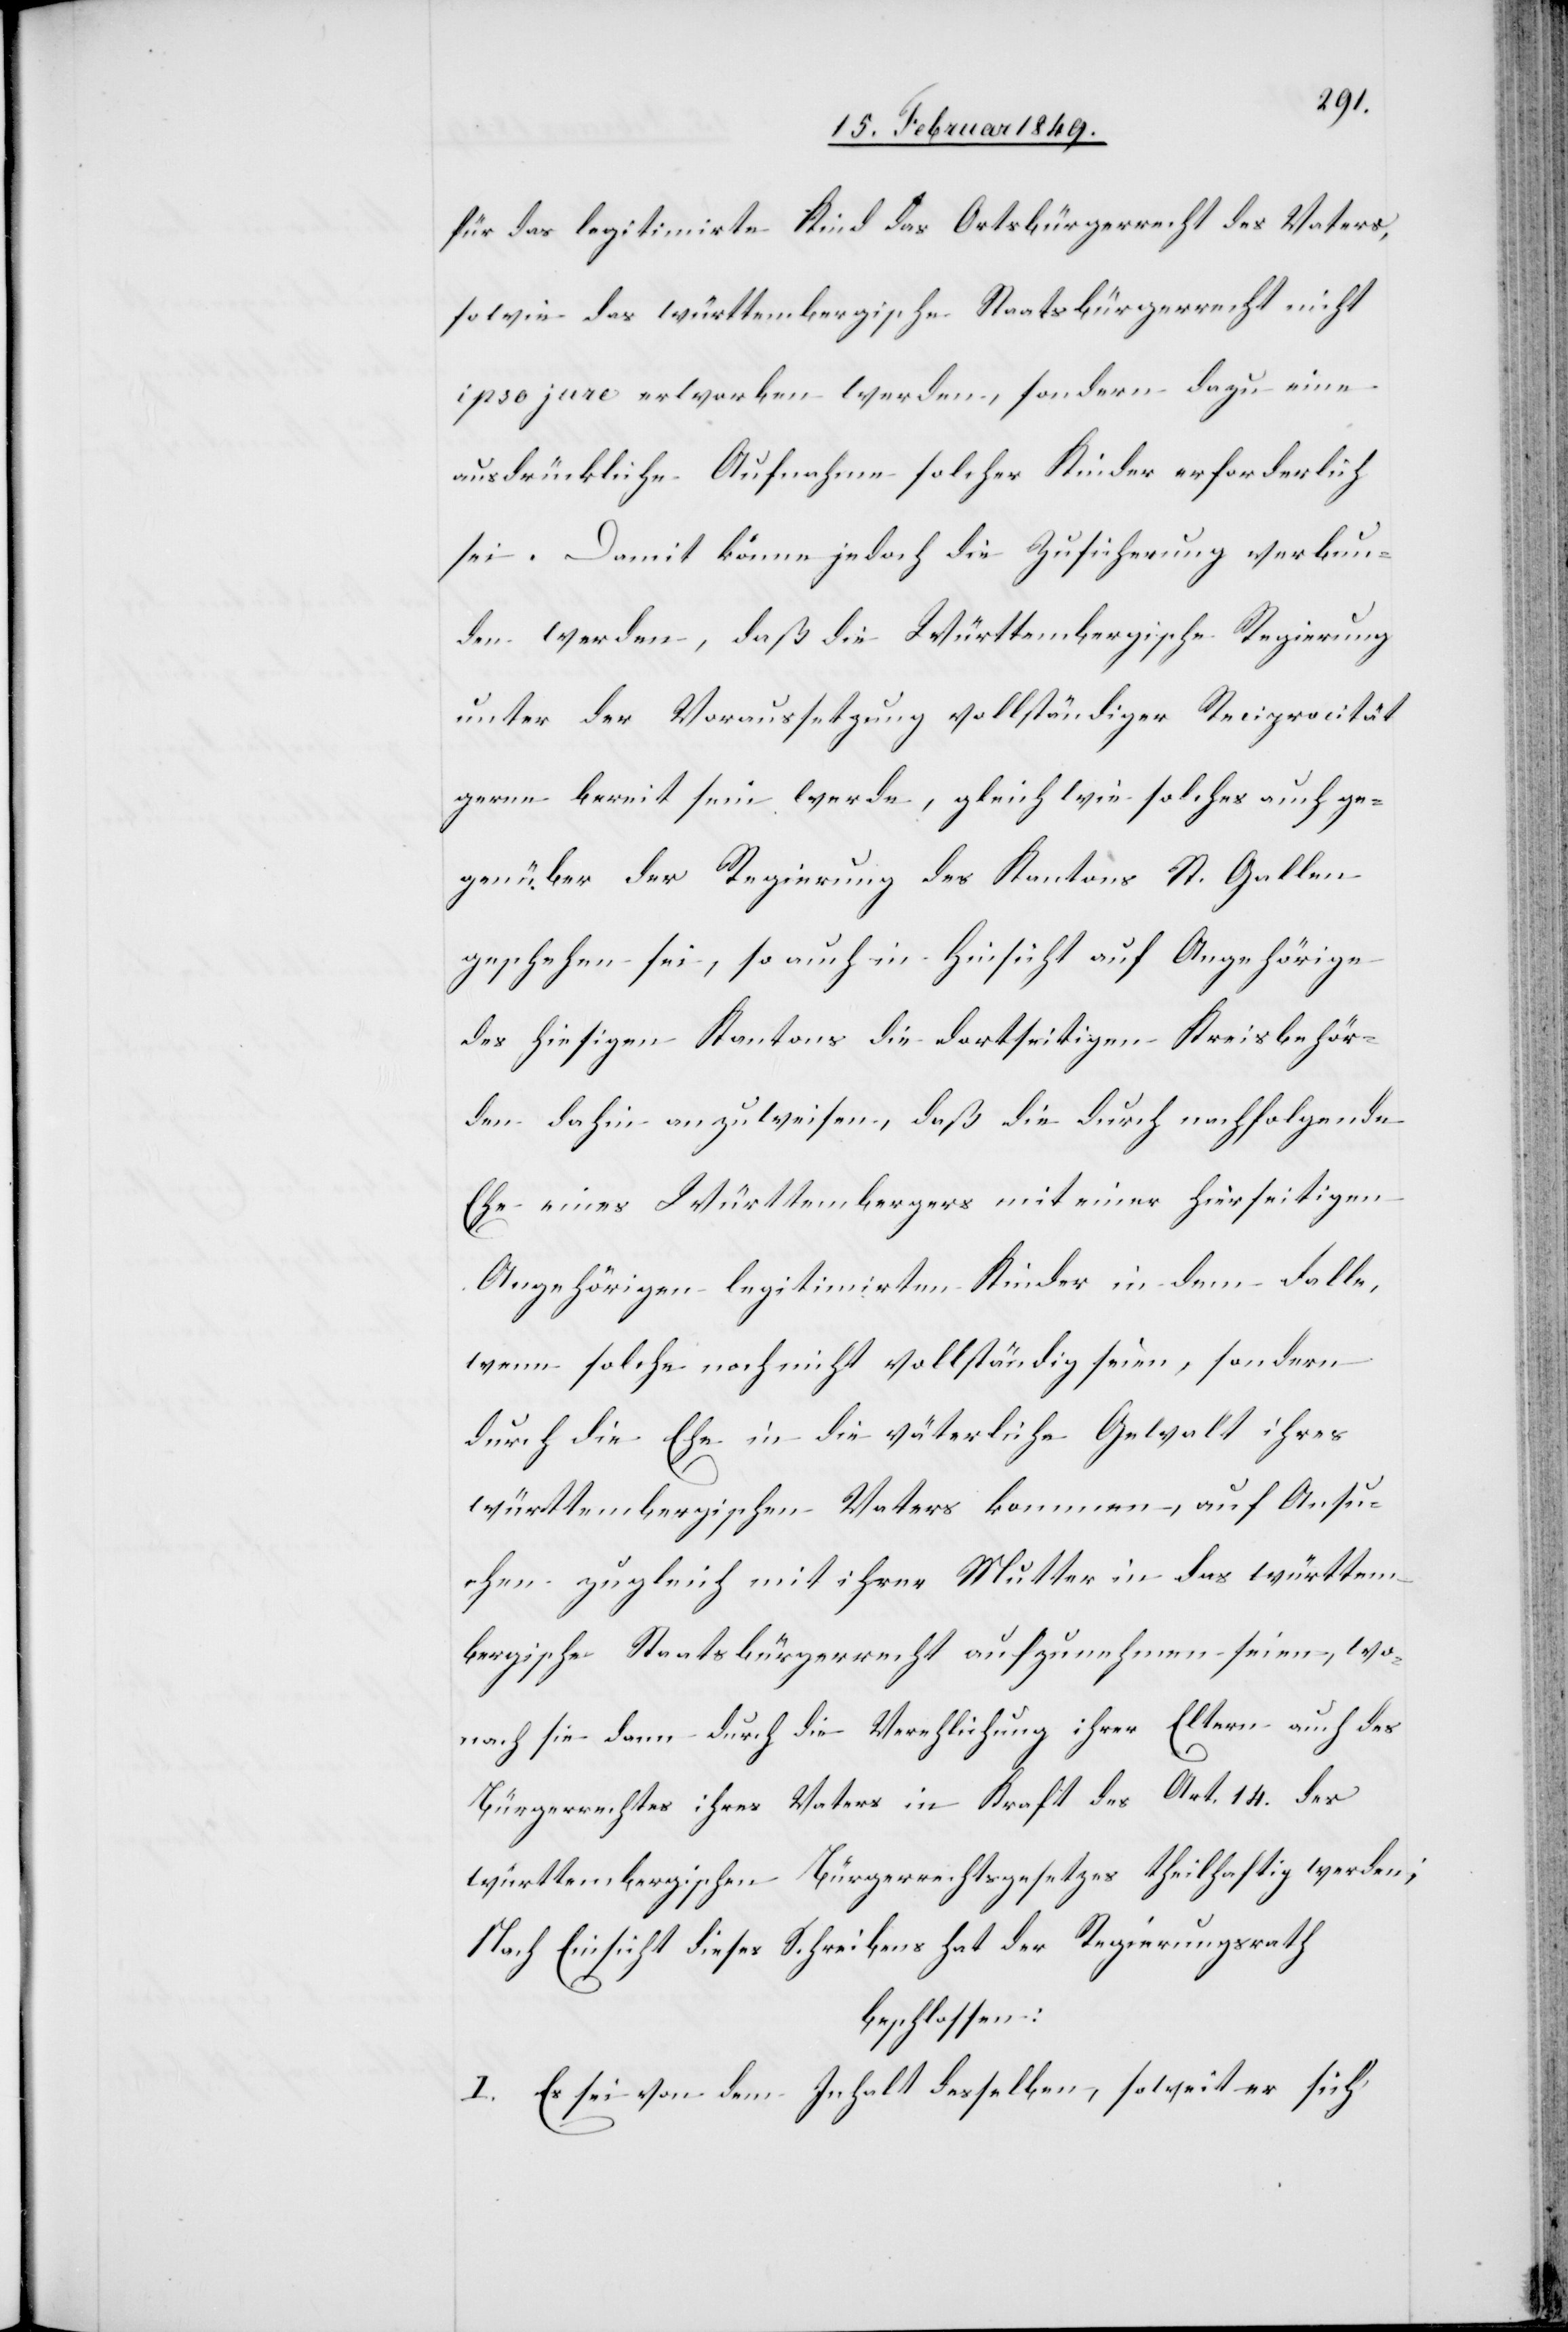
für das legitimirte Kind das Ortsbürgerrecht des Vaters,
sowie das württembergische Staatsbürgerrecht nicht
ipso jure erworben werden, sondern dazu eine
ausdrückliche Aufnahme solcher Kinder erforderlich
sei. Damit könne jedoch die Zusicherung verbun¬
den werden, daß die Württembergische Regierung
unter der Voraussetzung vollständiger Reciprocität
gerne bereit sein werde, gleich wie solches auch ge¬
genüber der Regierung des Kantons St. Gallen
geschehen sei, so auch in Hinsicht auf Angehörige
des hiesigen Kantons die dortseitigen Kreisbehör¬
den dahin anzuweisen, daß die durch nachfolgende
Ehe eines Württembergers mit einer hierseitigen
Angehörigen legitimirten Kinder in dem Falle,
wenn solche noch nicht vollständig [recte: volljährig]
durch die Ehe in die väterliche Gewalt ihres
württembergischen Vaters kommen, auf Ansu¬
chen zugleich mit ihrer Mutter in das württem¬
bergische Staatsbürgerrecht aufzunehmen seien, wo¬
nach sie dann durch die Verehlichung ihrer Eltern auch des
Bürgerrechtes ihres Vaters in Kraft des Art. 14. des
württembergischen Bürgerrechtsgesetzes theilhaftig werden;
Nach Einsicht dieses Schreibens hat der Regierungsrath
beschlossen:
I. Es sei dem Inhalt desselben, soweit er sich